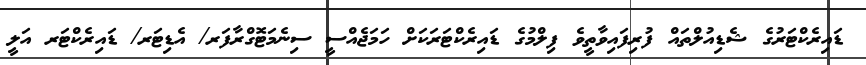
ޑައިރެކްޓަރުގެ ޝެޑިއުލްތައް ފުރިފައިވާތީވެ ފިލްމުގެ ޑައިރެކްޓަރަކަށް ހަމަޖެއްސީ ސިނެމަޓޮގްރާފަރ/ އެޑިޓަރ/ ޑައިރެކްޓަރ އަލީ